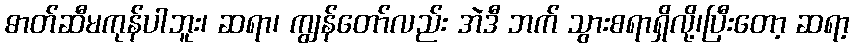
ဓာတ်ဆီမကုန်ပါဘူး၊ ဆရာ၊ ကျွန်တော်လည်း အဲဒီ ဘက် သွားစရာရှိလို့၊ပြီးတော့ ဆရာ့